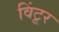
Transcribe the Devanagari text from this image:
विंटूर